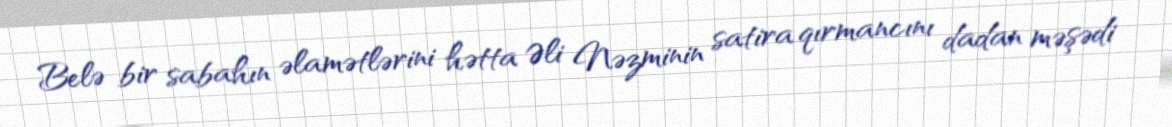
Belə bir sabahın əlamətlərini hətta Əli Nəzminin satira qırmancını dadan məşədi